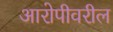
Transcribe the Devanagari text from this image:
आरोपीवरील